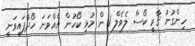
ހިންގުނު ޤާރީ ކޯސް ލެވެލް 1 ން މުޅި ކޯހުން އެއްވަނަ ހޯދާފައިވަނީ